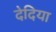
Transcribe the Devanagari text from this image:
देदिया